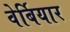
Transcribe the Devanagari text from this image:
वेर्बियार